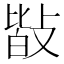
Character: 𢾆